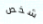
شخص